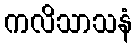
ကလိသာသနံ